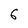
Character: 6